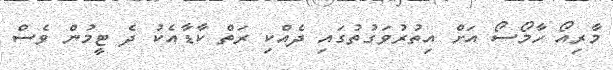
މާރިއޯ ހާމޯސޯ އަށް އިތުރުވަގުތުގައި ދެއްކި ރަތް ކާޑާއެކު ދެ ޓީމުން ވެސް